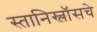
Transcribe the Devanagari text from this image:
स्तानिस्लॉसचे